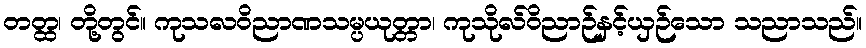
တတ္ထ၊ တို့တွင်။ ကုသလဝိညာဏသမ္ပယုတ္တာ၊ ကုသိုလ်ဝိညာဉ်နှင့်ယှဉ်သော သညာသည်။